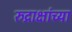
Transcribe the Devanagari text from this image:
रुद्राक्षांच्या